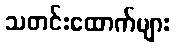
သတင်းထောက်များ